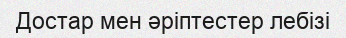
Достар мен әріптестер лебізі